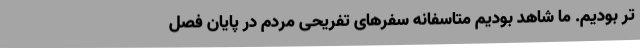
تر بودیم. ما شاهد بودیم متاسفانه سفرهای تفریحی مردم در پایان فصل